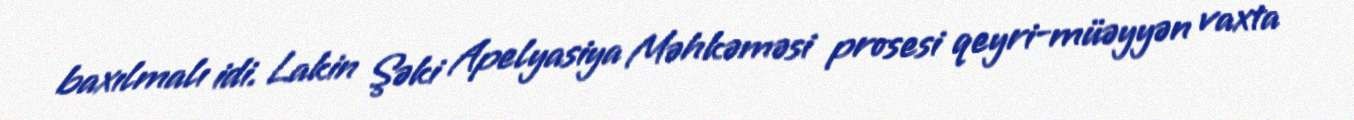
baxılmalı idi. Lakin Şəki Apelyasiya Məhkəməsi prosesi qeyri-müəyyən vaxta